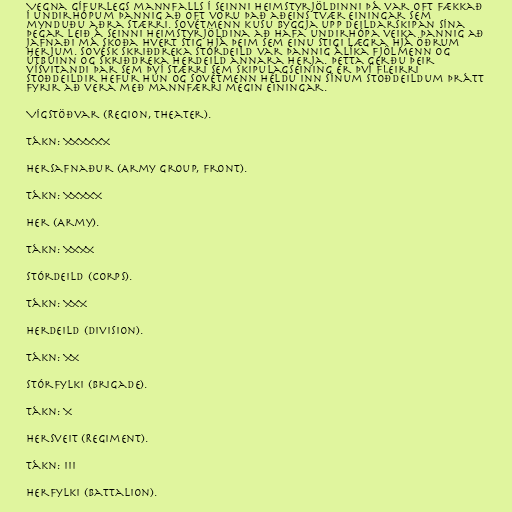
Vegna gífurlegs mannfalls í seinni heimstyrjöldinni þá var oft fækkað
í undirhópum þannig að oft voru það aðeins tvær einingar sem
mynduðu aðra stærri. Sovétmenn kusu byggja upp deildarskipan sína
þegar leið á seinni heimstyrjöldina að hafa undirhópa veika þannig að
jafnaði má skoða hvert stig hjá þeim sem einu stigi lægra hjá öðrum
herjum. Sovésk skriðdreka stórdeild var þannig álíka fjölmenn og
útbúinn og skriðdreka herdeild annara herja. Þetta gerðu þeir
vísvitandi þar sem því stærri sem skipulagseining er því fleirri
stoðdeildir hefur hún og Sovétmenn héldu inn sínum stoðdeildum þrátt
fyrir að vera með mannfærri megin einingar.

Vígstöðvar (Region, Theater).

Tákn: XXXXXX

Hersafnaður (Army Group, Front).

Tákn: XXXXX

Her (Army).

Tákn: XXXX

Stórdeild (Corps).

Tákn: XXX

Herdeild (Division).

Tákn: XX

Stórfylki (Brigade).

Tákn: X

Hersveit (Regiment).

Tákn: III

Herfylki (Battalion).